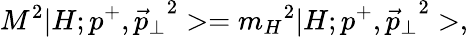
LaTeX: M^{2}|H;p^{+},{\vec{p}_{\perp}}^{2}>={m_{H}}^{2}|H;p^{+},{\vec{p}_{\perp}}^{2}>,